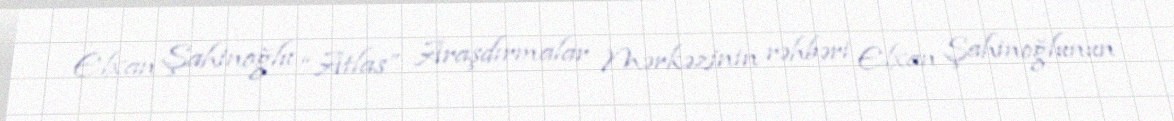
Elxan Şahinoğlu “Atlas” Araşdırmalar Mərkəzinin rəhbəri Elxan Şahinoğlunun